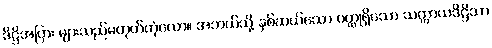
ဒိဋ္ဌိအပြား များသည်မဟုတ်တုံလော။ အဘယ်သို့ နှစ်ဆယ်သော ဝတ္ထုရှိသော သက္ကာယဒိဋ္ဌိသာ